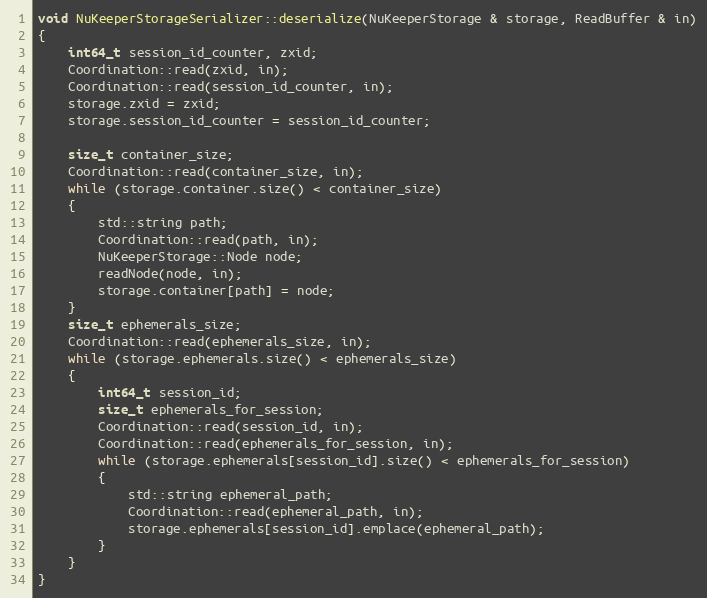
Language: C++
void NuKeeperStorageSerializer::deserialize(NuKeeperStorage & storage, ReadBuffer & in)
{
    int64_t session_id_counter, zxid;
    Coordination::read(zxid, in);
    Coordination::read(session_id_counter, in);
    storage.zxid = zxid;
    storage.session_id_counter = session_id_counter;

    size_t container_size;
    Coordination::read(container_size, in);
    while (storage.container.size() < container_size)
    {
        std::string path;
        Coordination::read(path, in);
        NuKeeperStorage::Node node;
        readNode(node, in);
        storage.container[path] = node;
    }
    size_t ephemerals_size;
    Coordination::read(ephemerals_size, in);
    while (storage.ephemerals.size() < ephemerals_size)
    {
        int64_t session_id;
        size_t ephemerals_for_session;
        Coordination::read(session_id, in);
        Coordination::read(ephemerals_for_session, in);
        while (storage.ephemerals[session_id].size() < ephemerals_for_session)
        {
            std::string ephemeral_path;
            Coordination::read(ephemeral_path, in);
            storage.ephemerals[session_id].emplace(ephemeral_path);
        }
    }
}